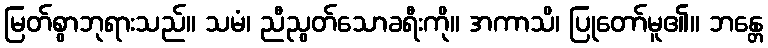
မြတ်စွာဘုရားသည်။ သမံ၊ ညီညွတ်သောခရီးကို။ အကာသိ၊ ပြုတော်မူ၏။ ဘန္တေ